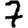
Digit: 7